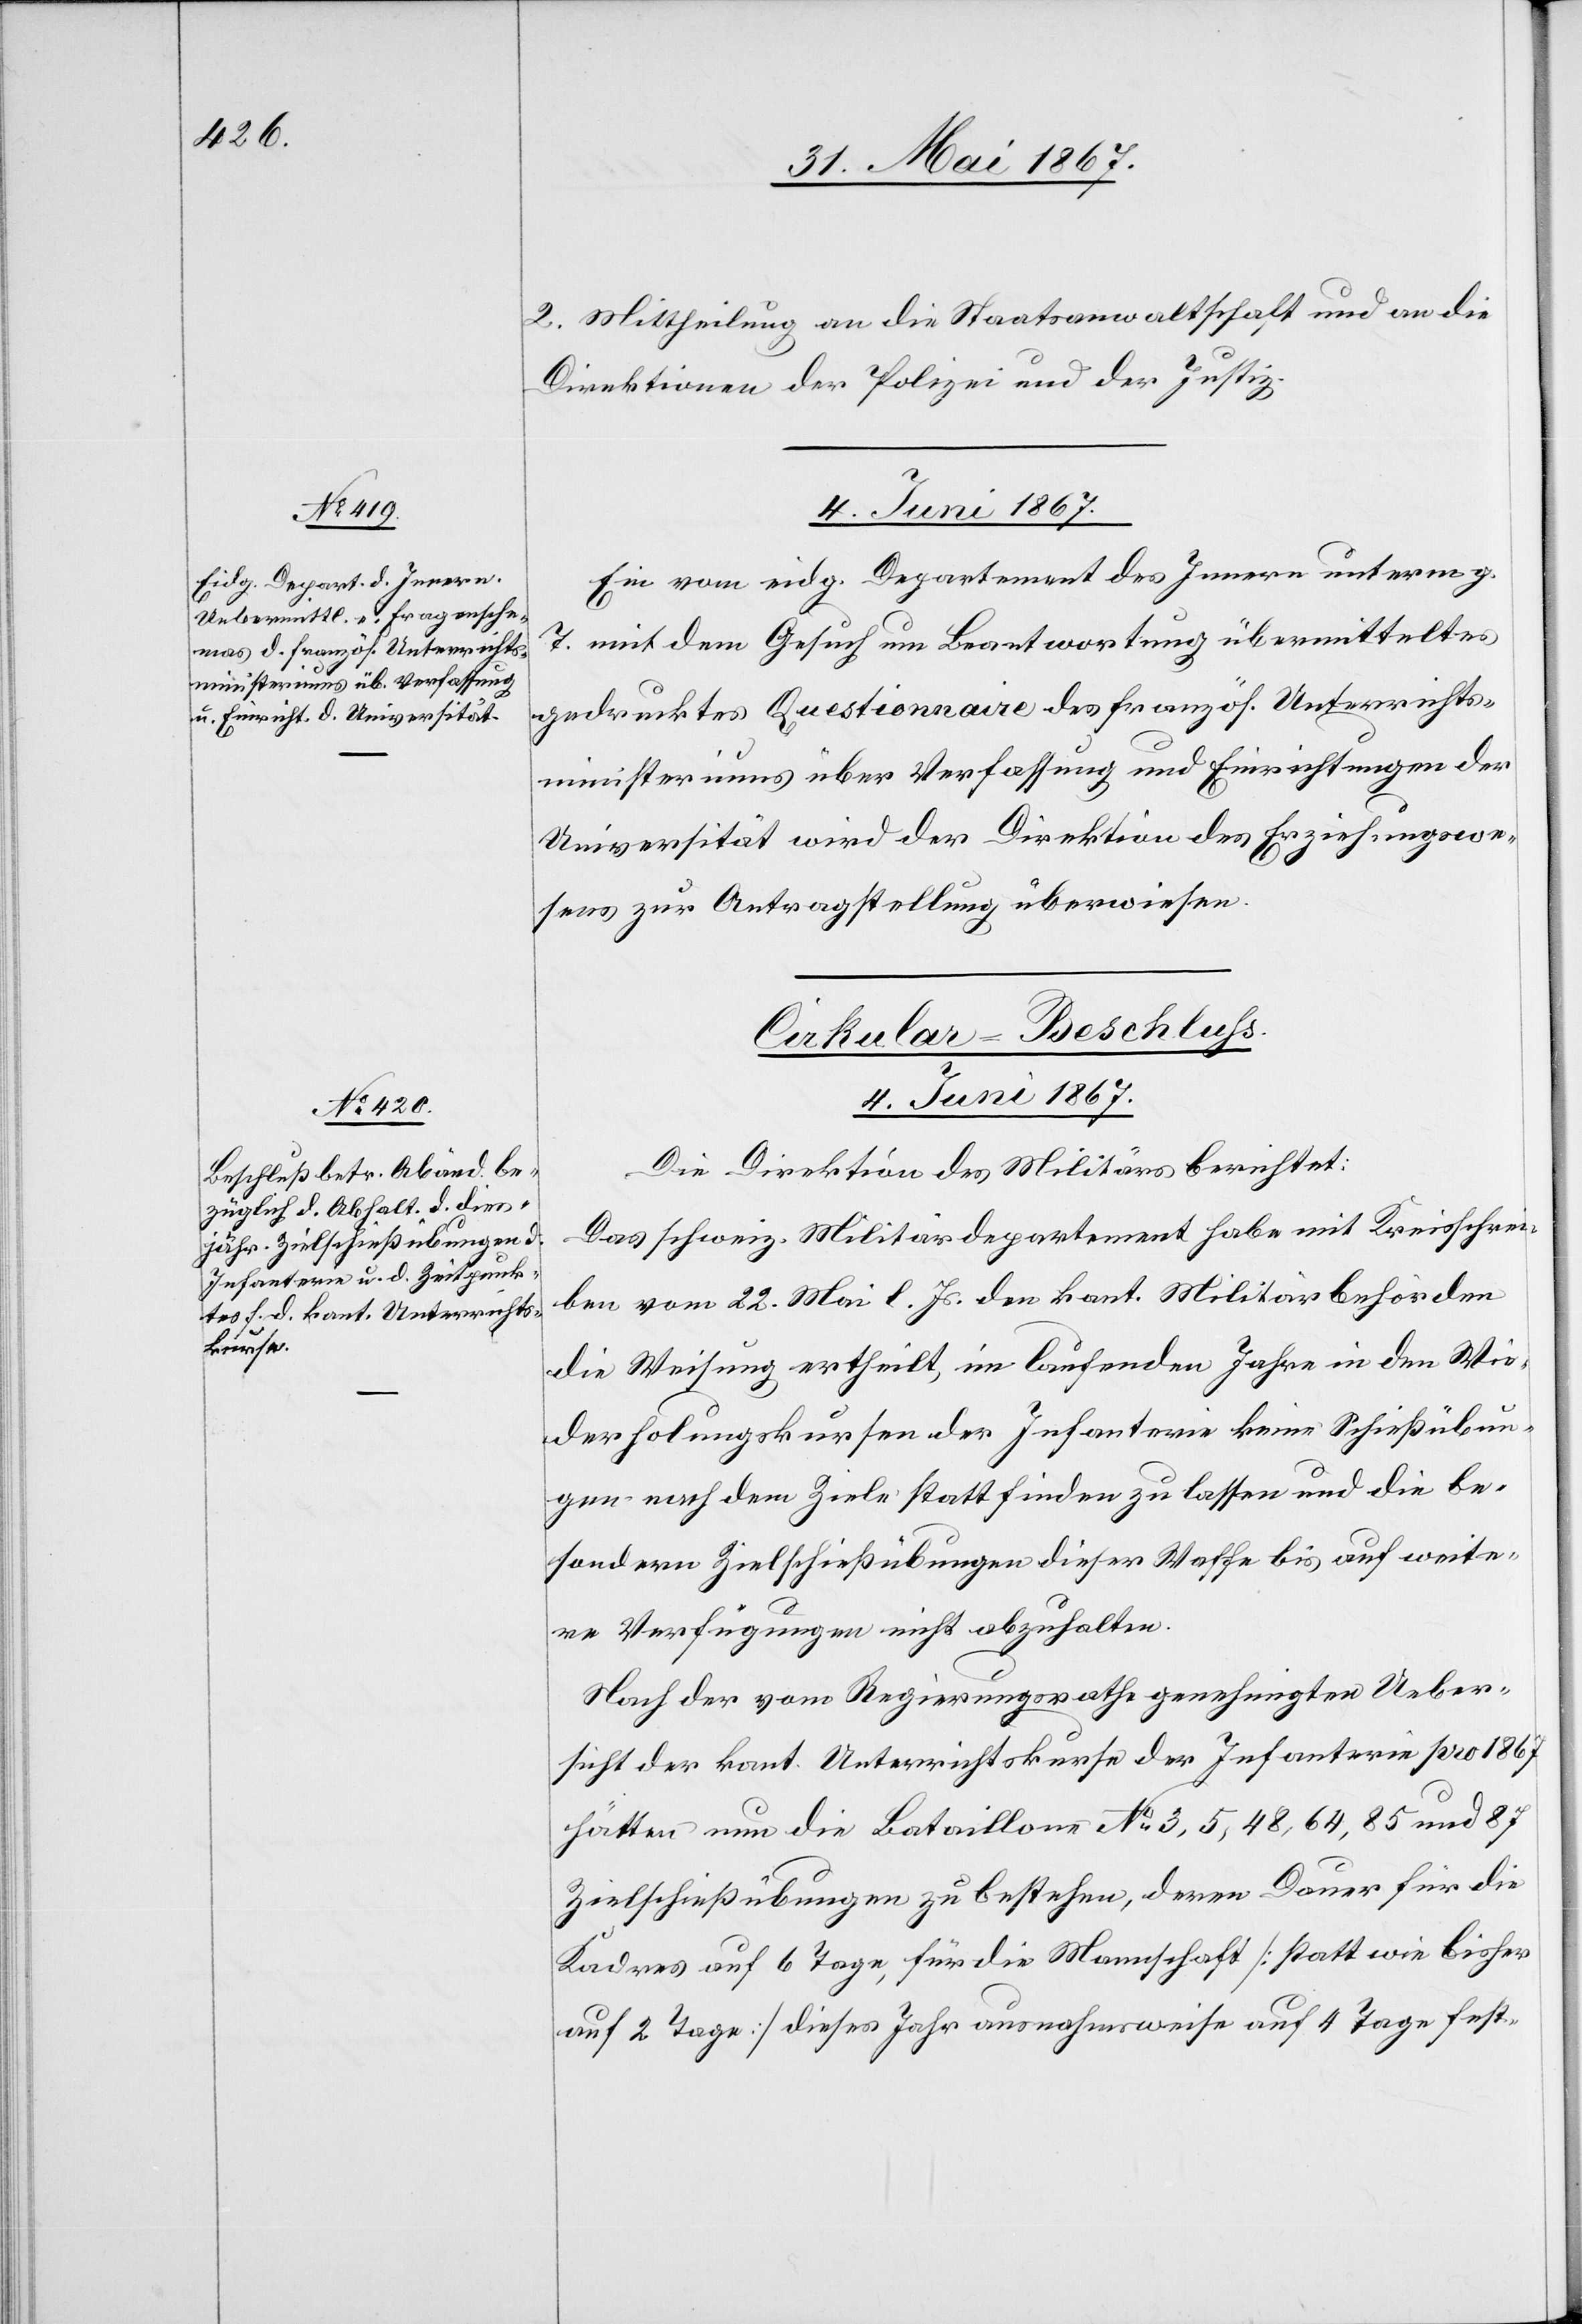
2. Mittheilung an die Staatsanwaltschaft und an die
Direktionen der Polizei und der Justiz.
4. Juni 1867.
Ein vom eidg. Departement des Inneren unterm g.
T. mit dem Gesuch um Beantwortung übermitteltes
gedrücktes Questionnaire des französ. Unterrichts¬
ministeriums über Verfassung und Einrichtungen der
Universität wird der Direktion des Erziehungswe¬
sens zur Antragstellung überwiesen.
Cirkular-Beschluss.
4. Juni 1867.
Die Direktion des Militärs berichtet:
Das schweiz. Militärdepartement habe mit Kreisschrei¬
ben vom 22. Mai l. Js. den kant. Militärbehörden
die Weisung ertheilt, im laufenden Jahre in den Wie¬
derholungskursen der Infanterie keine Schießübun¬
gen nach dem Ziele statt finden zu lassen und die be¬
sondern Zielschießübungen dieser Waffe bis auf weite¬
re Verfügung nicht abzuhalten.
Nach der vom Regierungsrathe genehmigten Ueber¬
sicht der kant. Unterrichtskurse der Infanterie pro 1867
hätten nun die Bataillone No. 3, 5, 48, 64, 85 und 87
Zielschießübungen zu bestehen, deren Dauer für die
Kaders auf 6 Tage, für die Mannschaft [statt wie bisher
auf 2 Tage] dieses Jahr ausnahmsweise auf 4 Tage fest-